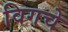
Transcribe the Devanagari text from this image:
विगचे